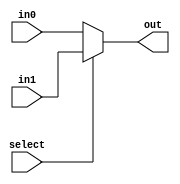
`timescale 1ns / 1ps
//////////////////////////////////////////////////////////////////////////////////
// Company: 
// Engineer: 
// 
// Design Name: 
// Module Name: Mux_2_5bits
// Project Name: 
// Target Devices: 
// Tool Versions: 
// Description: 
// 
// Dependencies: 
// 
// Revision:
// Revision 0.01 - File Created
// Additional Comments:
// 
//////////////////////////////////////////////////////////////////////////////////


module Mux_2_5bits(
    input [4:0]in0,in1,
    input select,
    output [4:0]out
    );
    assign out = (select == 0) ? in0 : in1;
endmodule